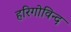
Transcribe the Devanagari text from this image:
हरिगोविन्द